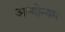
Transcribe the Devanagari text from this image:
अन्योन्यम